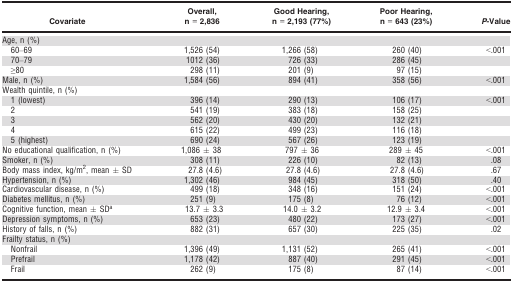
<table><thead><tr><td><b>Covariate</b></td><td><b>Overall, n = 2,836</b></td><td><b>Good Hearing, n = 2,193 (77%)</b></td><td><b>Poor Hearing, n = 643 (23%)</b></td><td><b><i>P</i>‐Value</b></td></tr></thead><tbody><tr><td colspan="5">Age, n (%)</td></tr><tr><td>60–69</td><td>1,526 (54)</td><td>1,266 (58)</td><td>260 (40)</td><td>&lt;.001</td></tr><tr><td>70–79</td><td>1012 (36)</td><td>726 (33)</td><td>286 (45)</td><td>[EMPTY_CELL]</td></tr><tr><td>≥80</td><td>298 (11)</td><td>201 (9)</td><td>97 (15)</td><td>[EMPTY_CELL]</td></tr><tr><td>Male, n (%)</td><td>1,584 (56)</td><td>894 (41)</td><td>358 (56)</td><td>&lt;.001</td></tr><tr><td colspan="5">Wealth quintile, n (%)</td></tr><tr><td>1 (lowest)</td><td>396 (14)</td><td>290 (13)</td><td>106 (17)</td><td>&lt;.001</td></tr><tr><td>2</td><td>541 (19)</td><td>383 (18)</td><td>158 (25)</td><td>[EMPTY_CELL]</td></tr><tr><td>3</td><td>562 (20)</td><td>430 (20)</td><td>132 (21)</td><td>[EMPTY_CELL]</td></tr><tr><td>4</td><td>615 (22)</td><td>499 (23)</td><td>116 (18)</td><td>[EMPTY_CELL]</td></tr><tr><td>5 (highest)</td><td>690 (24)</td><td>567 (26)</td><td>123 (19)</td><td>[EMPTY_CELL]</td></tr><tr><td>No educational qualification, n (%)</td><td>1,086 ± 38</td><td>797 ± 36</td><td>289 ± 45</td><td>&lt;.001</td></tr><tr><td>Smoker, n (%)</td><td>308 (11)</td><td>226 (10)</td><td>82 (13)</td><td>.08</td></tr><tr><td>Body mass index, kg/m<sup>2</sup>, mean ± SD</td><td>27.8 (4.6)</td><td>27.8 (4.6)</td><td>27.8 (4.6)</td><td>.67</td></tr><tr><td>Hypertension, n (%)</td><td>1,302 (46)</td><td>984 (45)</td><td>318 (50)</td><td>.40</td></tr><tr><td>Cardiovascular disease, n (%)</td><td>499 (18)</td><td>348 (16)</td><td>151 (24)</td><td>&lt;.001</td></tr><tr><td>Diabetes mellitus, n (%)</td><td>251 (9)</td><td>175 (8)</td><td>76 (12)</td><td>&lt;.001</td></tr><tr><td>Cognitive function, mean ± SDa</td><td>13.7 ± 3.3</td><td>14.0 ± 3.2</td><td>12.9 ± 3.4</td><td>&lt;.001</td></tr><tr><td>Depression symptoms, n (%)</td><td>653 (23)</td><td>480 (22)</td><td>173 (27)</td><td>&lt;.001</td></tr><tr><td>History of falls, n (%)</td><td>882 (31)</td><td>657 (30)</td><td>225 (35)</td><td>.02</td></tr><tr><td colspan="5">Frailty status, n (%)</td></tr><tr><td>Nonfrail</td><td>1,396 (49)</td><td>1,131 (52)</td><td>265 (41)</td><td>&lt;.001</td></tr><tr><td>Prefrail</td><td>1,178 (42)</td><td>887 (40)</td><td>291 (45)</td><td>&lt;.001</td></tr><tr><td>Frail</td><td>262 (9)</td><td>175 (8)</td><td>87 (14)</td><td>&lt;.001</td></tr></tbody></table>